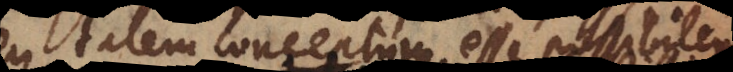
seu talem conceptum esse possibilem.